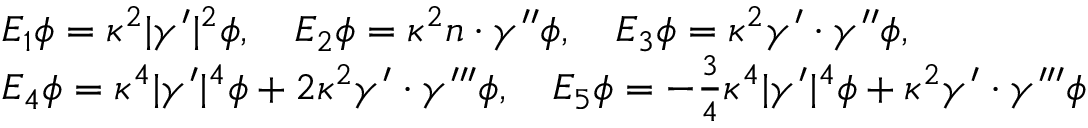
\begin{array} { r l } & { E _ { 1 } \phi = \kappa ^ { 2 } | \gamma ^ { \prime } | ^ { 2 } \phi , \quad E _ { 2 } \phi = \kappa ^ { 2 } n \cdot \gamma ^ { \prime \prime } \phi , \quad E _ { 3 } \phi = \kappa ^ { 2 } \gamma ^ { \prime } \cdot \gamma ^ { \prime \prime } \phi , } \\ & { E _ { 4 } \phi = \kappa ^ { 4 } | \gamma ^ { \prime } | ^ { 4 } \phi + 2 \kappa ^ { 2 } \gamma ^ { \prime } \cdot \gamma ^ { \prime \prime \prime } \phi , \quad E _ { 5 } \phi = - \frac { 3 } { 4 } \kappa ^ { 4 } | \gamma ^ { \prime } | ^ { 4 } \phi + \kappa ^ { 2 } \gamma ^ { \prime } \cdot \gamma ^ { \prime \prime \prime } \phi } \end{array}